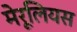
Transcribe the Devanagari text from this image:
मेरूलियस